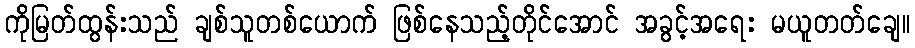
ကိုမြတ်ထွန်းသည် ချစ်သူတစ်ယောက် ဖြစ်နေသည့်တိုင်အောင် အခွင့်အရေး မယူတတ်ချေ။